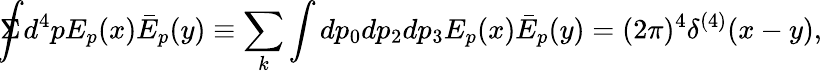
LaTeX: \Sigma\! \! \! \! \! \displaystyle{\int}d^{4}pE_{p}(x)\bar{E}_{p}(y)\equiv\sum_{k}\int dp_{0}dp_{2}dp_{3}E_{p}(x)\bar{E}_{p}(y)=(2\pi)^{4}\delta^{(4)}(x-y),